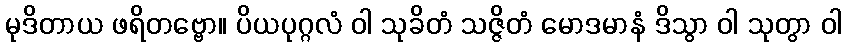
မုဒိတာယ ဖရိတဗ္ဗော။ ပိယပုဂ္ဂလံ ဝါ သုခိတံ သဇ္ဇိတံ မောဒမာနံ ဒိသွာ ဝါ သုတွာ ဝါ